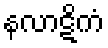
နလာဋိကံ